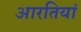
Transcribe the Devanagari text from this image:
आरतियां